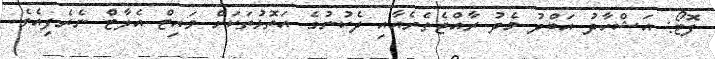
ފޮޓޯ: އަޝްހާދު އަބްދު މެދު ރާއްޖެތެރެއާއި ދެކުނުގެ އަތޮޅުތަކަށް ވައިޓް އެލާޓް ނެރެފިއެވެ.